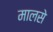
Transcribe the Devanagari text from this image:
मालसे